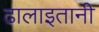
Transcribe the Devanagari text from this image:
ढालाइतानी